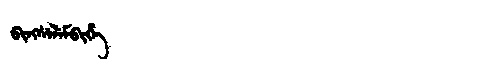
Manchu: ᠪᡳᠩᠰᡝᠯᡝᠮᠪᡳᡥᡝ
Romanization: BINGSELEMBIHE